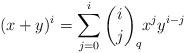
LaTeX: \begin{align*}(x+y)^i = \sum_{j=0}^i \binom{i}{j}_q x^jy^{i-j}\qquad\end{align*}